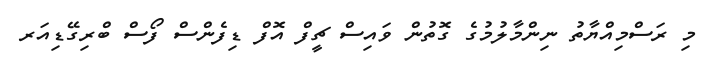
މި ރަސްމިއްޔާތު ނިންމާލުމުގެ ގޮތުން ވައިސް ޗީފް އޮފް ޑިފެންސް ފޯސް ބްރިގޭޑިއަރ